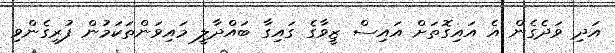
އަދި ވަދެގެން އެ އައިގޮތަށް އައިސް ޒީވާގެ ގައިގާ ބައްދާލީ މައިވަންތަކަމުން ފުރިގެންވި